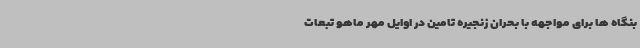
بنگاه ها برای مواجهه با بحران زنجیره تامین در اوایل مهر ماهو تبعات